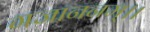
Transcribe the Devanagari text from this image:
गजाननम्।।